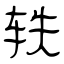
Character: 轶